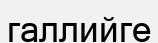
галлийге